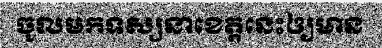
ចូលមកទស្សនាខេត្តនេះឲ្យមាន